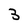
Character: 3